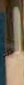
ا